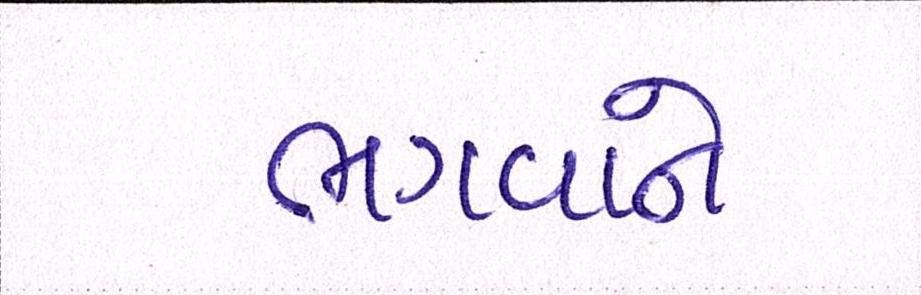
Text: ભગવાને